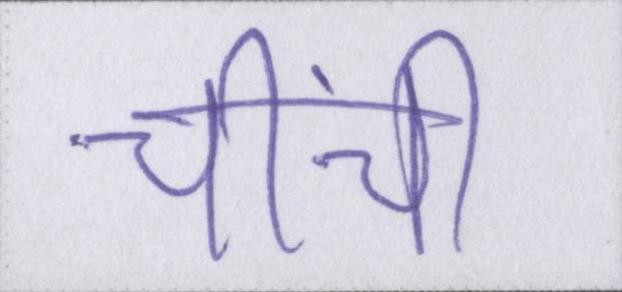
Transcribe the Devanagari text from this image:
चींची